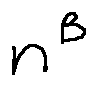
n ^ { B }